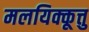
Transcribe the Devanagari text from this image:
मलयिक्कूत्तु